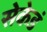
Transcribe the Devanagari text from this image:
सेकेडं